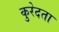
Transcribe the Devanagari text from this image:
कुरेदता